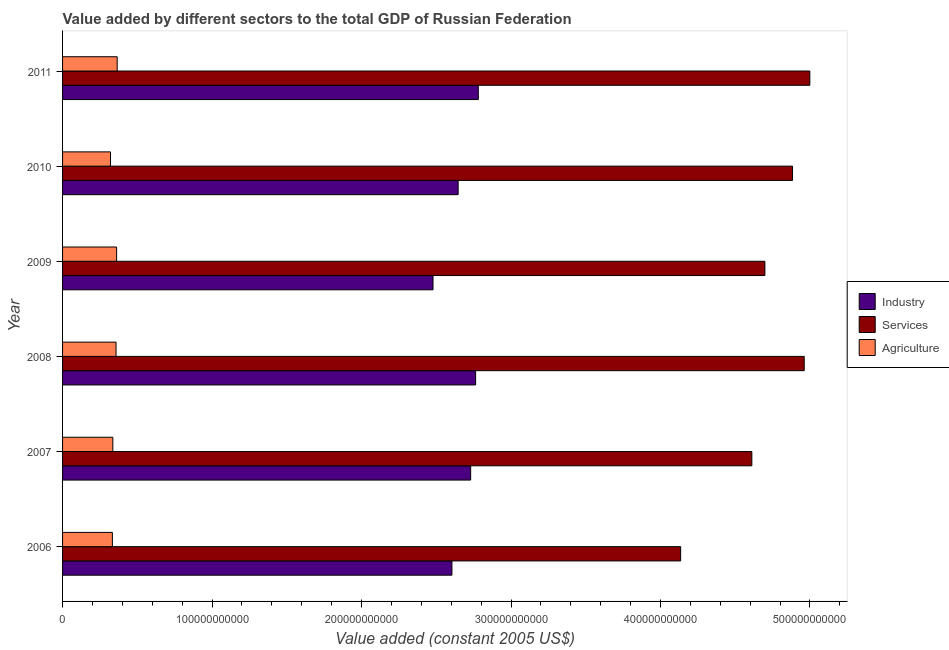
| Year | Industry | Services | Agriculture |
 | --- | --- | --- | --- |
 | 2006 | 2.6e+11 | 4.13e+11 | 3.33e+10 |
 | 2007 | 2.73e+11 | 4.61e+11 | 3.36e+10 |
 | 2008 | 2.76e+11 | 4.96e+11 | 3.58e+10 |
 | 2009 | 2.48e+11 | 4.7e+11 | 3.61e+10 |
 | 2010 | 2.65e+11 | 4.88e+11 | 3.21e+10 |
 | 2011 | 2.78e+11 | 5e+11 | 3.65e+10 |